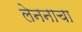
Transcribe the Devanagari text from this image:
लेननाचा